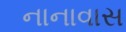
નાનાવાસ